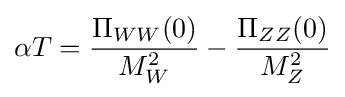
\alpha T={\frac {\Pi _{WW}(0)}{M_{W}^{2}}}-{\frac {\Pi _{ZZ}(0)}{M_{Z}^{2}}}